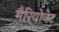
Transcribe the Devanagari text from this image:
मैरियोनेट